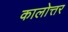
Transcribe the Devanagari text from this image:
कालोत्तर